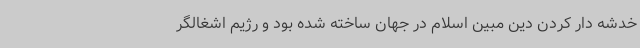
خدشه دار کردن دین مبین اسلام در جهان ساخته شده بود و رژیم اشغالگر